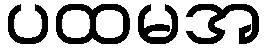
ပထမအ